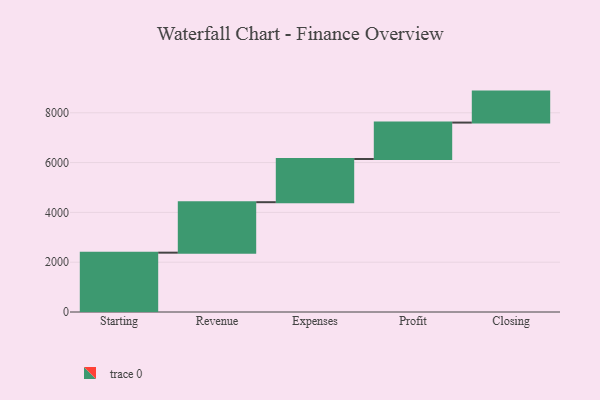
{"axis": {"x": "Step", "y": "Value"}, "legend": [""], "data": [{"x": "Starting", "y": 2383.0, "type": ""}, {"x": "Revenue", "y": 2027.0, "type": ""}, {"x": "Expenses", "y": 1735.0, "type": ""}, {"x": "Profit", "y": 1462.0, "type": ""}, {"x": "Closing", "y": 1244.0, "type": ""}]}